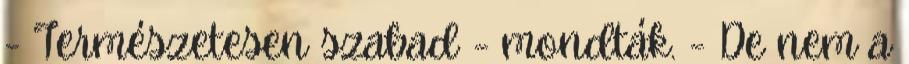
- Természetesen szabad - mondták. - De nem a